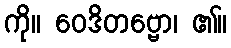
ကို။ ဝေဒိတဗ္ဗော၊ ၏။